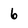
Character: 6